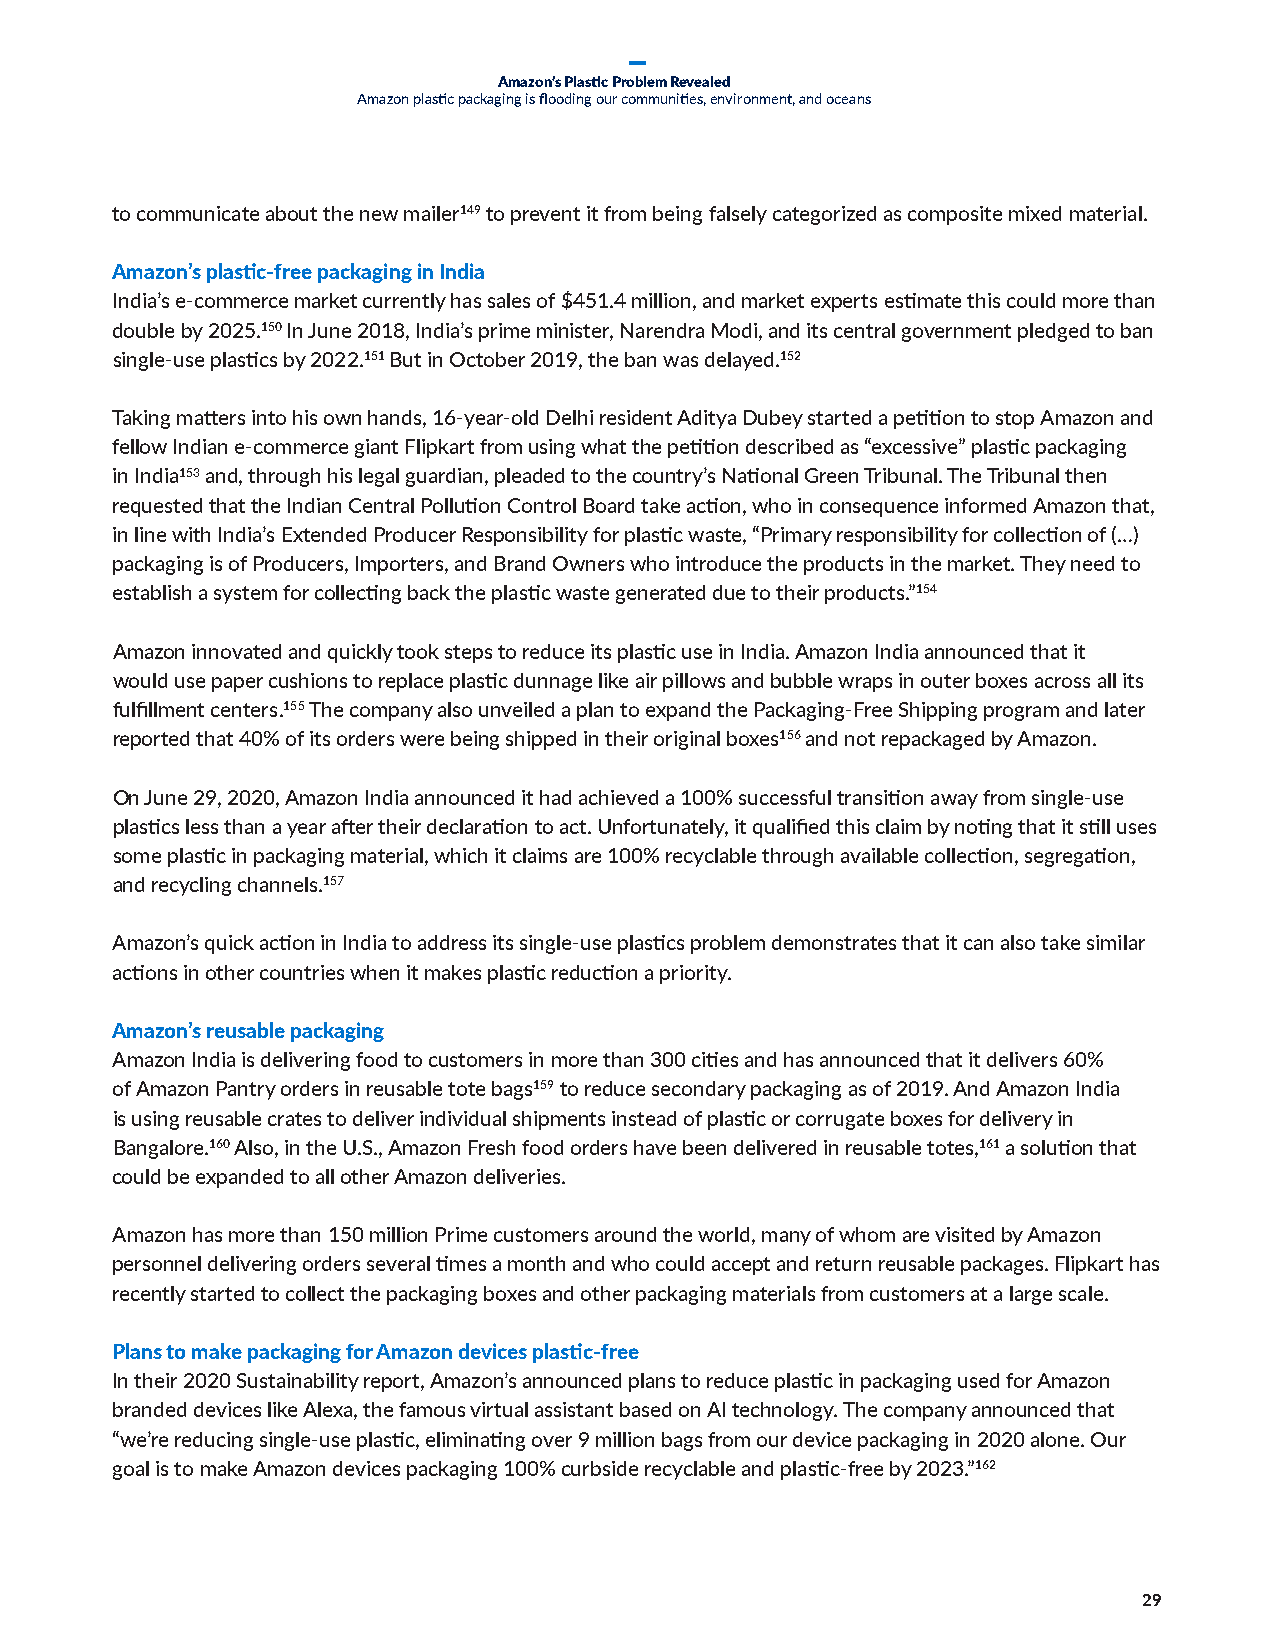
Amazon’s Plastic Problem Revealed
 Amazon plastic packaging is flooding our communities, environment, and oceans
 to communicate about the new mailer149 to prevent it from being falsely categorized as composite mixed material.
 Amazon’s plastic-free packaging in India
 India’s e-commerce market currently has sales of $451.4 million, and market experts estimate this could more than
 double by 2025.150 In June 2018, India’s prime minister, Narendra Modi, and its central government pledged to ban
 single-use plastics by 2022.151 But in October 2019, the ban was delayed.152
 Taking matters into his own hands, 16-year-old Delhi resident Aditya Dubey started a petition to stop Amazon and
 fellow Indian e-commerce giant Flipkart from using what the petition described as “excessive” plastic packaging
 in India153 and, through his legal guardian, pleaded to the country’s National Green Tribunal. The Tribunal then
 requested that the Indian Central Pollution Control Board take action, who in consequence informed Amazon that,
 in line with India’s Extended Producer Responsibility for plastic waste, “Primary responsibility for collection of (…)
 packaging is of Producers, Importers, and Brand Owners who introduce the products in the market. They need to
 establish a system for collecting back the plastic waste generated due to their products.”154
 Amazon innovated and quickly took steps to reduce its plastic use in India. Amazon India announced that it
 would use paper cushions to replace plastic dunnage like air pillows and bubble wraps in outer boxes across all its
 fulfillment centers.155 The company also unveiled a plan to expand the Packaging-Free Shipping program and later
 reported that 40% of its orders were being shipped in their original boxes156 and not repackaged by Amazon.
 On June 29, 2020, Amazon India announced it had achieved a 100% successful transition away from single-use
 plastics less than a year after their declaration to act. Unfortunately, it qualified this claim by noting that it still uses
 some plastic in packaging material, which it claims are 100% recyclable through available collection, segregation,
 and recycling channels.157
 Amazon’s quick action in India to address its single-use plastics problem demonstrates that it can also take similar
 actions in other countries when it makes plastic reduction a priority.
 Amazon’s reusable packaging
 Amazon India is delivering food to customers in more than 300 cities and has announced that it delivers 60%
 of Amazon Pantry orders in reusable tote bags159 to reduce secondary packaging as of 2019. And Amazon India
 is using reusable crates to deliver individual shipments instead of plastic or corrugate boxes for delivery in
 Bangalore.160 Also, in the U.S., Amazon Fresh food orders have been delivered in reusable totes,161 a solution that
 could be expanded to all other Amazon deliveries.
 Amazon has more than 150 million Prime customers around the world, many of whom are visited by Amazon
 personnel delivering orders several times a month and who could accept and return reusable packages. Flipkart has
 recently started to collect the packaging boxes and other packaging materials from customers at a large scale.
 Plans to make packaging for Amazon devices plastic-free
 In their 2020 Sustainability report, Amazon’s announced plans to reduce plastic in packaging used for Amazon
 branded devices like Alexa, the famous virtual assistant based on AI technology. The company announced that
 “we’re reducing single-use plastic, eliminating over 9 million bags from our device packaging in 2020 alone. Our
 goal is to make Amazon devices packaging 100% curbside recyclable and plastic-free by 2023.”162
 29